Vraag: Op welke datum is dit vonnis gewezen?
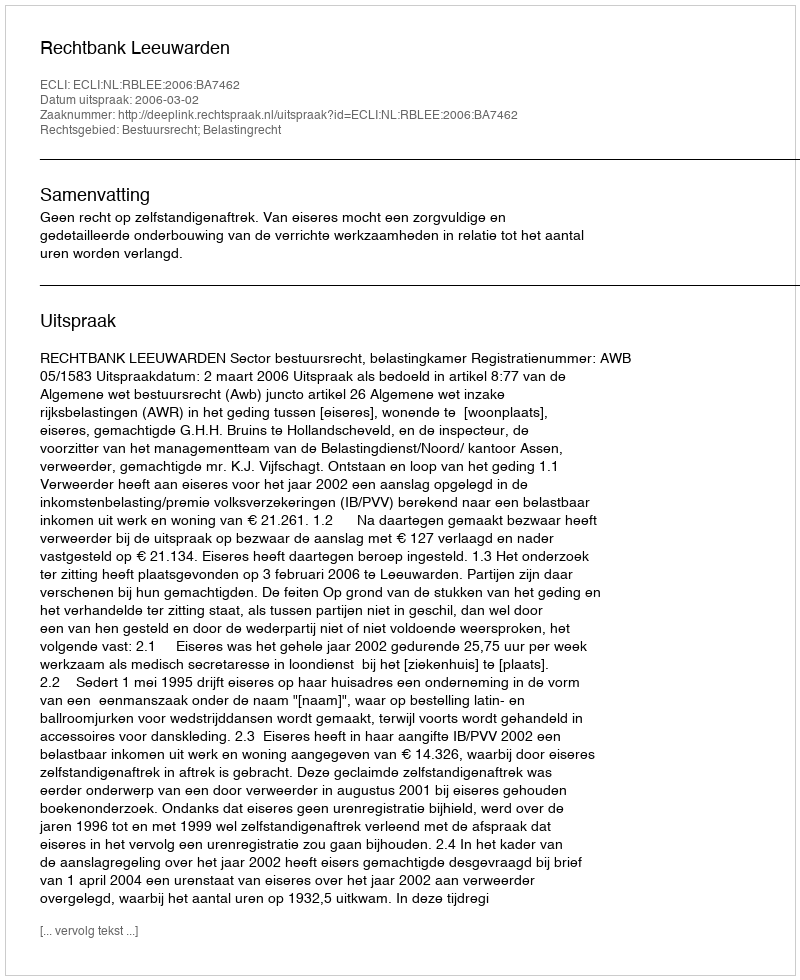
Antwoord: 2006-03-02